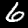
Label: 6